Leaving Certificate Examination, 1914
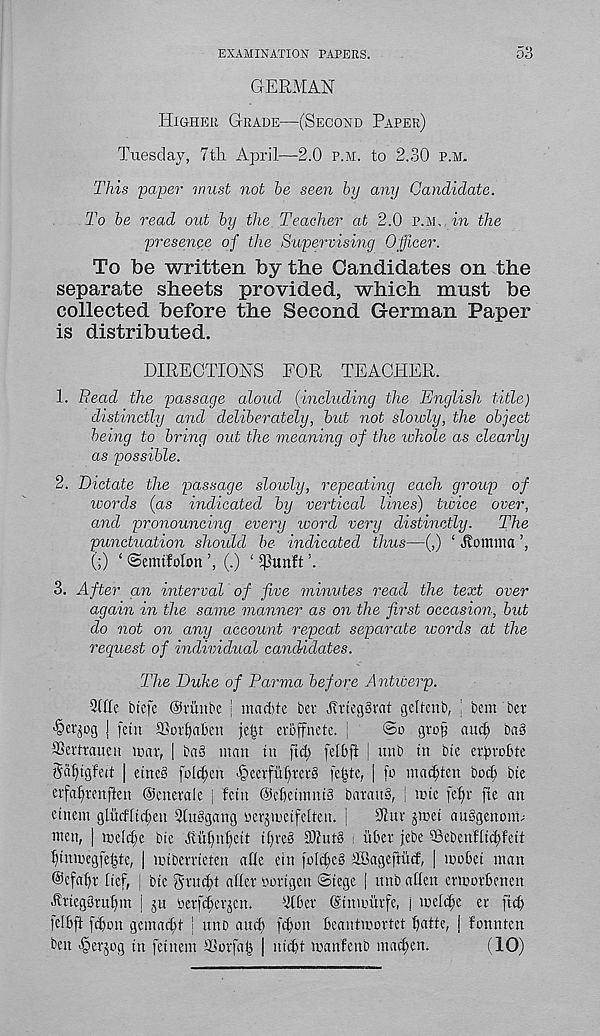
EXAMINATION PAPERS.
53
GERMAN
Higher Grade—(Second Paper)
Tuesday, 7th. April—2.0 p.m. to 2.30 p.m.
This paper must not be seen by any Candidate.
To be read out by the Teacher at 2.0 p.m, in the
presence of the Supervising Officer.
To be written by the Candidates on the
separate sheets provided, which must be
collected before the Second German Paper
is distributed.
DIRECTIONS FOR TEACHER.
1. Read the passage aloud (including the English title)
distinctly and deliberately, but not slowly, the object
being to bring out the meaning of the whole as clearly
as possible.
2. Dictate the passage slowly, repeating each group of
words (as indicated by vertical lines) tivice over,
and pronouncing every word very distinctly.
The
punctuation should be indicated thus—(,) ‘ Homirtci
(;) ‘ ©emifolon (.) ‘ 5)3unft ’.
3. After an interval of five minutes read the text over
again in the same manner as on the first occasion, but
do not on any account repeat separate words at the
request of individual candidates.
The Duke of Parma before A ntwerp.
2(hc btcfe Orilnbe | maiihe ber ArtcgSvat geltenb, ; bem bet
^er^og j [cut ©otfjaben jeijt evoffnete. j
gro§ and; ba§
SSevtraneu mar, | ba§ man tn fid; felt ft | unb in bte erbrobte
Sa^igfeit | eme§ [eleven <§ccrfut)rer§ fe§te, | fo marten bod; bte
erfa^renften Generale j fetn GebetmntS barauS, | mtc fetjr fie an
einem gludltdyn 2tuAjang yerjmetfelten. |
91 uv jmet auSgenom^
men, | meld;e bte Jtuf)n§cit ti)re§ 931 ut§ : itber febe 56ebenfltd;feit
ftinmegfeijte, | miberrteten aQe ein fo(d;e§ SBageftud, | mobet man
©cfabr lief, | bte gruc^t aiier nortgen Siege j unb alien ermorbenen
Ariegbruinn j ju nerfeberjen.
21 ber Ctnmurfe, | melc^e er fid)
feibft fd)on gemad;t | ttno and) fd)on beantmortet fyatte, j fonnten
ben ^erjog in feinem 2LGrfaij | niebt manfenb madfen.
(10)